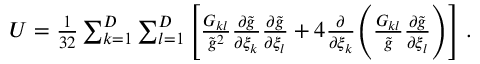
\begin{array} { r } { U = \frac { 1 } { 3 2 } \sum _ { k = 1 } ^ { D } \sum _ { l = 1 } ^ { D } \Bigg [ \frac { G _ { k l } } { \tilde { g } ^ { 2 } } \frac { \partial \tilde { g } } { \partial \xi _ { k } } \frac { \partial \tilde { g } } { \partial \xi _ { l } } + 4 \frac { \partial } { \partial \xi _ { k } } \Bigg ( \frac { G _ { k l } } { \tilde { g } } \frac { \partial \tilde { g } } { \partial \xi _ { l } } \Bigg ) \Bigg ] \; . } \end{array}